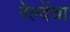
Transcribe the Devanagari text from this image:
रेल्वेंचा